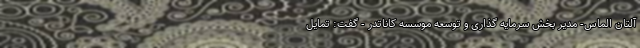
آلتان الماس- مدیر بخش سرمایه گذاری و توسعه موسسه کاناتدر - گفت: تمایل